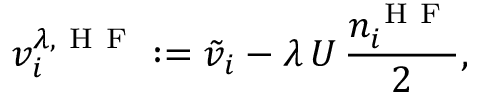
v _ { i } ^ { \lambda , \mathrm { ~ H ~ F ~ } } : = \tilde { v } _ { i } - \lambda \, U \, \frac { n _ { i } ^ { \mathrm { ~ H ~ F ~ } } } { 2 } ,